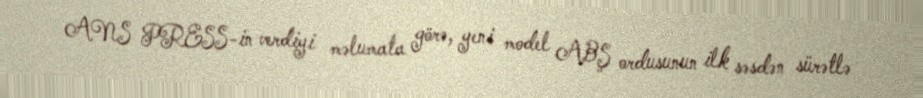
ANS PRESS-in verdiyi məlumata görə, yeni model ABŞ ordusunun ilk səsdən sürətlə